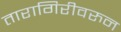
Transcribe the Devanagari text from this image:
तारागिरीवरुन